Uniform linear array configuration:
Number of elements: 64
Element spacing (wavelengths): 1
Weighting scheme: blackman
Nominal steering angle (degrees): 0
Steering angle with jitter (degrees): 0.07392
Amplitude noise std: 0.05
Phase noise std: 0.05

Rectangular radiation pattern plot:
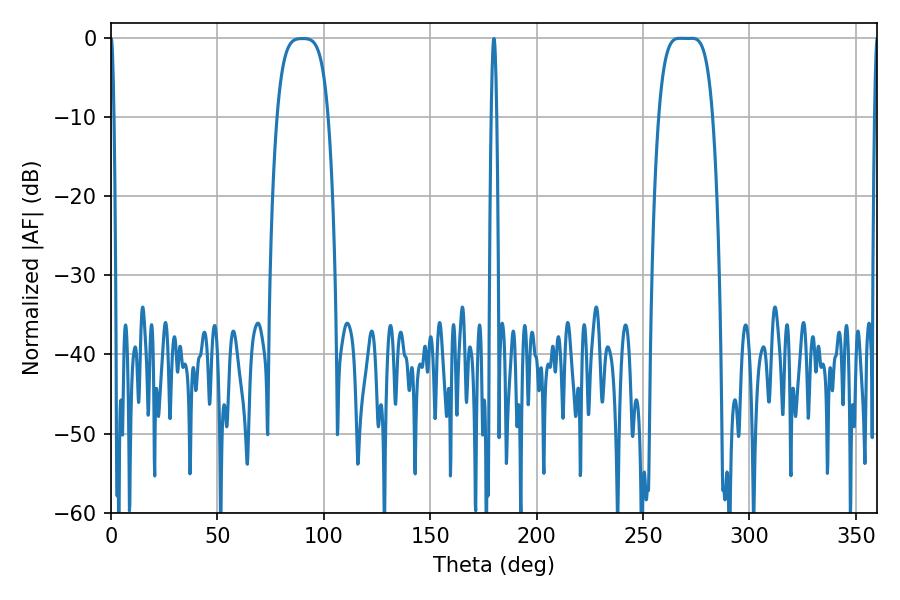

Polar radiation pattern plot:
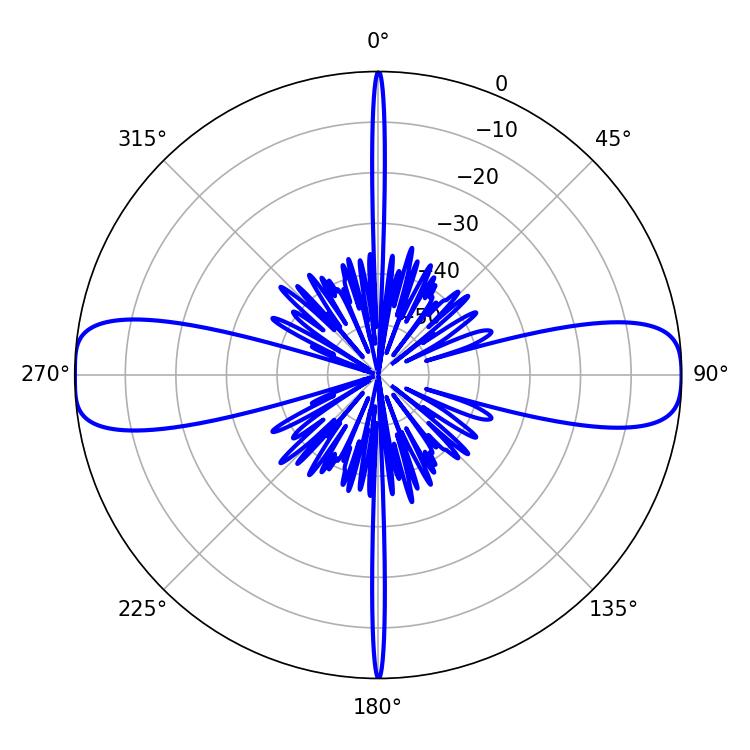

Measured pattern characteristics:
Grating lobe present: TRUE
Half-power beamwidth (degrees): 19.08
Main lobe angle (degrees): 267.12